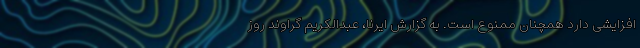
افزایشی دارد همچنان ممنوع است. به گزارش ایرنا، عبدالکریم گراوند روز